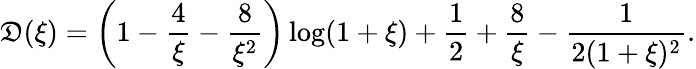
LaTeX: \mathfrak{D}(\xi)=\left(1-\frac{{4}}{{\xi}}-\frac{{8}}{{\xi^{2}}}\right)\log(1+\xi)+\frac{{1}}{{2}}+\frac{{8}}{{\xi}}-\frac{{1}}{{2(1+\xi)^{2}}}.